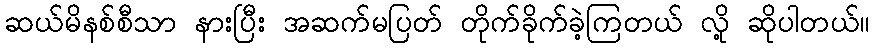
ဆယ်မိနစ်စီသာ နားပြီး အဆက်မပြတ် တိုက်ခိုက်ခဲ့ကြတယ် လို့ ဆိုပါတယ်။